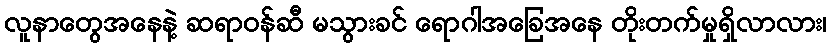
လူနာတွေအနေနဲ့ ဆရာဝန်ဆီ မသွားခင် ရောဂါအခြေအနေ တိုးတက်မှုရှိလာလား၊